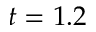
t = 1 . 2